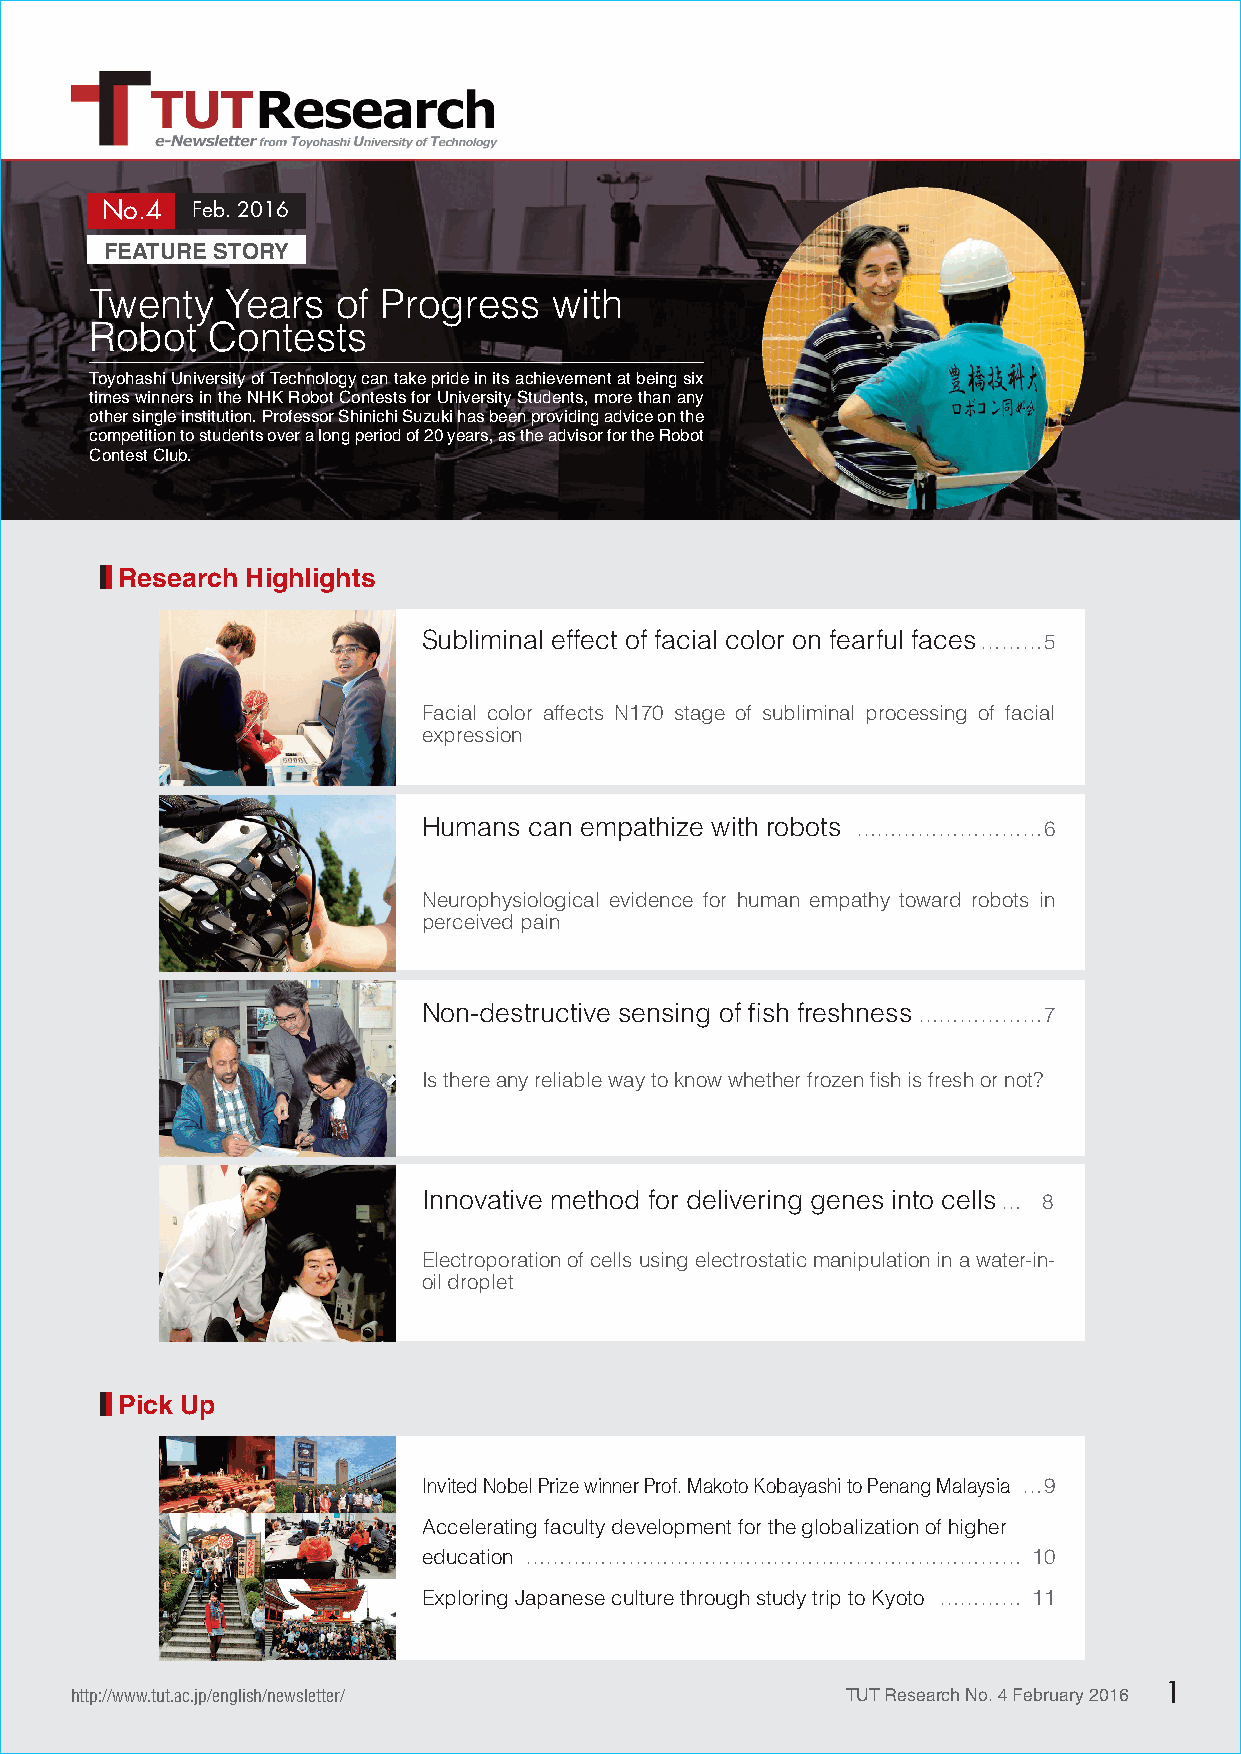
２
 直
 No.4  Feb. 2016
 FEATURE STORY
 Twenty   Years  of Progress   with
 Robot   Contests
 Toyohashi University of Technology can take pride in its achievement at being six
 times winners in the NHK Robot Contests for University Students, more than any
 other single institution. Professor Shinichi Suzuki has been providing advice on the
 competition to students over a long period of 20 years, as the advisor for the Robot
 Contest Club.
 Research Highlights
 Subliminal effect of facial color on fearful faces ���5
 Facial color affects N170 stage of subliminal processing of facial
 expression
 Humans can empathize with robots ���������6
 Neurophysiological evidence for human empathy toward robots in
 perceived pain
 Non-destructive sensing of fish freshness ������7
 Is there any reliable way to know whether frozen fish is fresh or not?
 Innovative method for delivering genes into cells � 8
 Electroporation of cells using electrostatic manipulation in a water-in-
 oil droplet
 Pick Up
 Invited Nobel Prize winner Prof. Makoto Kobayashi to Penang Malaysia �9
 Accelerating faculty development for the globalization of higher
 education ������������������������      10
 Exploring Japanese culture through study trip to Kyoto ���� 11
 http://www.tut.ac.jp/english/newsletter/           TUT Research No. 4 February 2016 1